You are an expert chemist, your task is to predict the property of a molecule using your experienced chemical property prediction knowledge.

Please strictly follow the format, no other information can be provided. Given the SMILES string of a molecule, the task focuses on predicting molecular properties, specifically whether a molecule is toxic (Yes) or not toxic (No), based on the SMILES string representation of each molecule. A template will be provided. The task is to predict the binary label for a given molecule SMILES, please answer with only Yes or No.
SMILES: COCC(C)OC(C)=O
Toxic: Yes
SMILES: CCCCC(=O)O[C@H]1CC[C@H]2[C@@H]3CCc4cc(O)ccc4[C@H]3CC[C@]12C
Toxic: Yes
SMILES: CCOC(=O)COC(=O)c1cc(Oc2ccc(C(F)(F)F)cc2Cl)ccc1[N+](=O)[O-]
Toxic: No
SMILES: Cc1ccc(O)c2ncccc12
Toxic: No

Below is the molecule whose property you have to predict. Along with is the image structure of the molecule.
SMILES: CC(C)(C)C(=O)CCl
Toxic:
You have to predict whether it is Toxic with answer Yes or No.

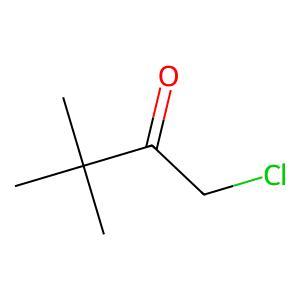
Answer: No